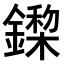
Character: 𨬏